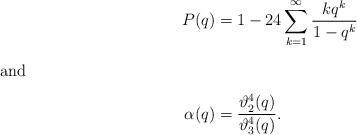
LaTeX: \begin{align*}P(q) &= 1-24\sum_{k=1}^\infty \frac{kq^k}{1-q^k}\intertext{and}\alpha(q) &= \frac{\vartheta_2^4(q)}{\vartheta_3^4(q)}.\end{align*}